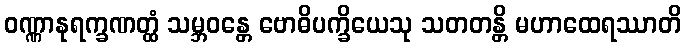
ဝဏ္ဏာနုရက္ခဏတ္ထံ သမ္ဘဝန္တေ ဗောဓိပက္ခိယေသု သတတန္တိ မဟာထေရဿာတိ